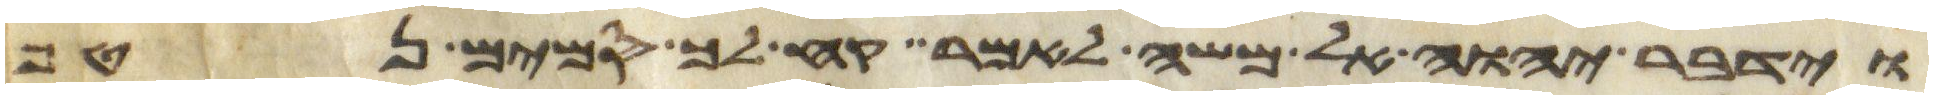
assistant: וידבר יהוה אל משה לאמר קח לך סמים נטף